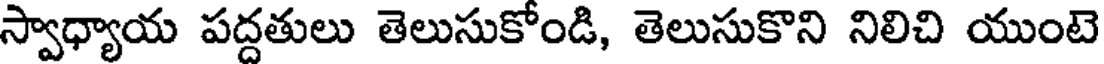
స్వాధ్యాయ పద్దతులు తెలుసుకోండి, తెలుసుకొని నిలిచి యుంటె